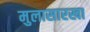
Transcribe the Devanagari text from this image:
मुलासारखा